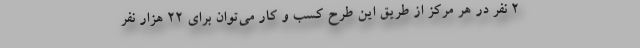
2 نفر در هر مرکز از طریق این طرح کسب و کار می‌توان برای 22 هزار نفر